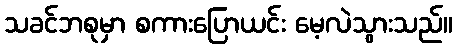
သခင်ဘစုမှာ စကားပြောယင်း မေ့လဲသွားသည်။